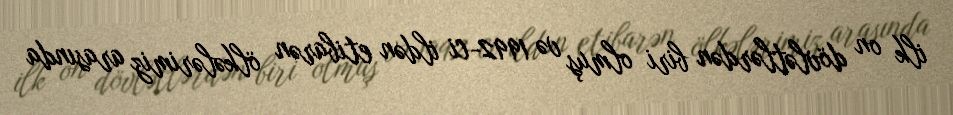
ilk on dövlətlərdən biri olmuş və 1992-ci ildən etibarən ölkələrimiz arasında